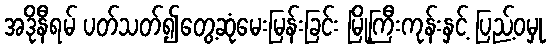
အဒိုနီရမ် ပတ်သတ်၍တွေ့ဆုံမေးမြန်းခြင်း မြို့ကြီးကုန်းနှင့် ပြည့်ဝမှု